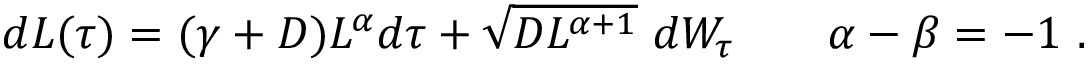
\begin{array} { r } { d L ( \tau ) = ( \gamma + D ) L ^ { \alpha } d \tau + \sqrt { D L ^ { \alpha + 1 } } \ d W _ { \tau } \qquad \alpha - \beta = - 1 \ . } \end{array}